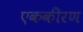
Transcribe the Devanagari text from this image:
एककीरण